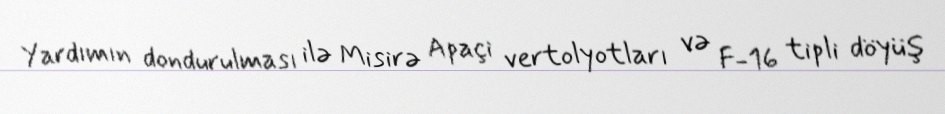
Yardımın dondurulması ilə Misirə Apaçi vertolyotları və F-16 tipli döyüş